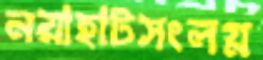
নয়াহাটসংলগ্ন